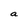
Character: a